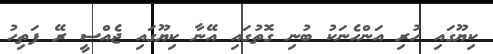
ކިޔޫގައި ހުރި އަންހެނަކު ބުނި ގޮތުގައި އޭނާ ކިޔޫގައި ޖެއްސީ ރޭ ފަތިހު